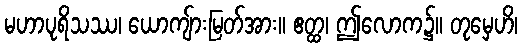
မဟာပုရိသဿ၊ ယောကျ်ားမြတ်အား။ ဧတ္ထ၊ ဤလောက၌။ တုမှေဟိ၊